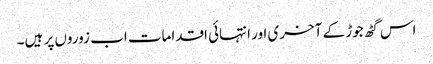
اس گٹھ جوڑ کے آخری اور انتہائی اقدامات اب زوروں پر ہیں۔